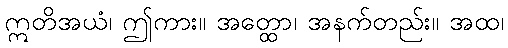
ဣတိအယံ၊ ဤကား။ အတ္ထော၊ အနက်တည်း။ အထ၊